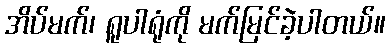
အိပ်မက်၊ ရူပါရုံကို မက်မြင်ခဲ့ပါတယ်။